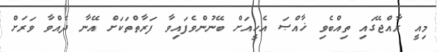
މިއީ ރާއްޖޭގައި ތިއްބެވި ޚާއްޞަ އެހީއަށް ބޭނުންވެފައިވާ ފަރާތްތަކަށް އޭނާ ދެއްވާ ވަރަށް